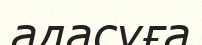
адасуға